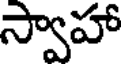
స్వాహా